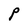
Character: P